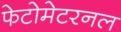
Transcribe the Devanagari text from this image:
फेटोमेटरनल